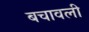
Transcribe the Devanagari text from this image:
बचावली